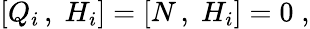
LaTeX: [Q_{i}\, ,\; H_{i}]=[N\, ,\; H_{i}]=0\; ,